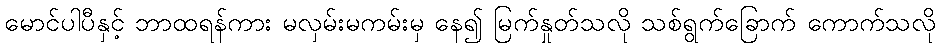
မောင်ပါပီနှင့် ဘာထရန်ကား မလှမ်းမကမ်းမှ နေ၍ မြက်နှုတ်သလို သစ်ရွက်ခြောက် ကောက်သလို